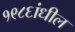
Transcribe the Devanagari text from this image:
१९८६ांधील